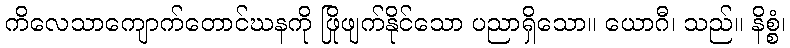
ကိလေသာကျောက်တောင်ဃနကို ဖြိုဖျက်နိုင်သော ပညာရှိသော။ ယောဂီ၊ သည်။ နိစ္စံ၊